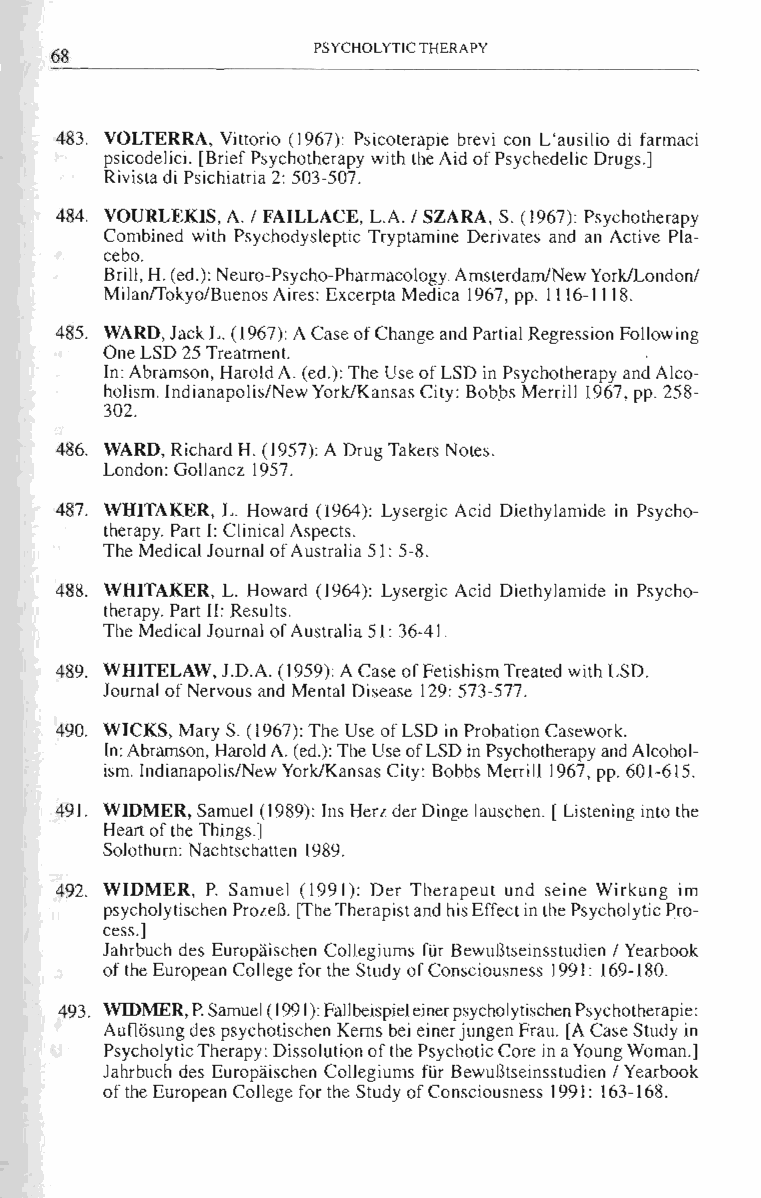
PSYCHOLYTIC THERAPY
 68
 483. VOLTERRA, Vittorio (1967): Psicoterapie brevi con L'ausilio di farmaci
 psicodelici. [Brief Psychotherapy with the Aid of Psychedelic Drugs.]
 Rivista di Psichiatria 2: 503-507.
 484. VOURLEKIS, A. / FAILLACE, L.A. / SZARA, S. (1967): Psychotherapy
 Combined with Psychodysleptic Tryptamine Derivates and an Active Pla­
 cebo.
 Brill, H. (ed.): Neuro-Psycho-Pharmacology. Amsterdam/New York/London/
 MilanlTokyo/Buenos Aires: Excerpta Medica 1967, pp. 1116-1118.
 485. WARD, Jack L. (1967): A Case of Change and Partial Regression Following
 One LSD 25 Treatment.
 In: Abramson, Harold A. (ed.): The Use of LSD in Psychotherapy and Alco­
 holism. Indianapolis/New York/Kansas City: Bob.bs Merrill 1967, pp. 258­
 302.
 486. WARD, Richard H. (1957): A Drug Takers Notes.
 London: Gollancz 1957.
 487. WHITAKER, L. Howard (1964): Lysergic Acid Diethylamide in Psycho­
 therapy. Part I: Clinical Aspects.
 The Medical Journal of Australia 5 J: 5-8.
 488. WHITAKER, L. Howard (1964): Lysergic Acid Diethylamide in Psycho­
 therapy. Part 11: Results.
 The Medical Journal of Australia 51: 36-41.
 489. WHITELAW, J.D.A. (1959): A Case of Fetishism Treated with LSD.
 Journal of Nervous and Mental Disease 129: 573-577.
 490. WICKS, Mary S. (1967): The Use of LSD in Probation Casework.
 [n:Abramson, Harold A. (ed.): The Use of LSD in Psychotherapy and Alcohol­
 ism. Indianapolis/New York/Kansas City: Bobbs Merrill 1967, pp. 601-615.
 491. WIDMER, Samuel (1989): Ins Herz der Dinge lauschen. [ Listening into the
 Heart of the Things.]
 Solothurn: Nachtschatten 1989.
 492. WIDMER, P. Samuel (1991): Der Therapeut und seine Wirkung im
 psycholytischen ProzeS. [The Therapist and his Effect in the Psychol ytic Pro­
 cess.]
 Jahrbuch des Europaischen Collegiums fUr BewuStseinsstudien / Yearbook
 of the European College for the Study of Consciousness 1991: 169-180.
 493. WIDMER, P. Samuel (1991): Fallbeispiel einer psycholytischen Psychotherapie:
 Auflosung des psychotischen Kerns bei einer jungen Frau. [A Case Study in
 Psycho lytic Therapy: Dissolution of the Psychotic Core in a Young Woman.]
 Jahrbuch des Europaischen Collegiums fUr BewuStseinsstudien / Yearbook
 of the European College for the Study of Consciousness 1991: 163-168.